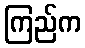
ကြည်က